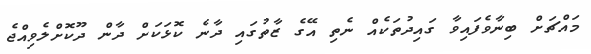
މައްޗަށް ބިނާވެފައިވާ ގައިދުތަކެއް ނެތި އޭގެ ޒާތުގައި ދާނެ ކޮޅަކަށް ދާން ދޫކޮށްލެވިއްޖެ